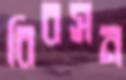
বিবসন